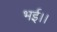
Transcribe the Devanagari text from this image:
भई।।